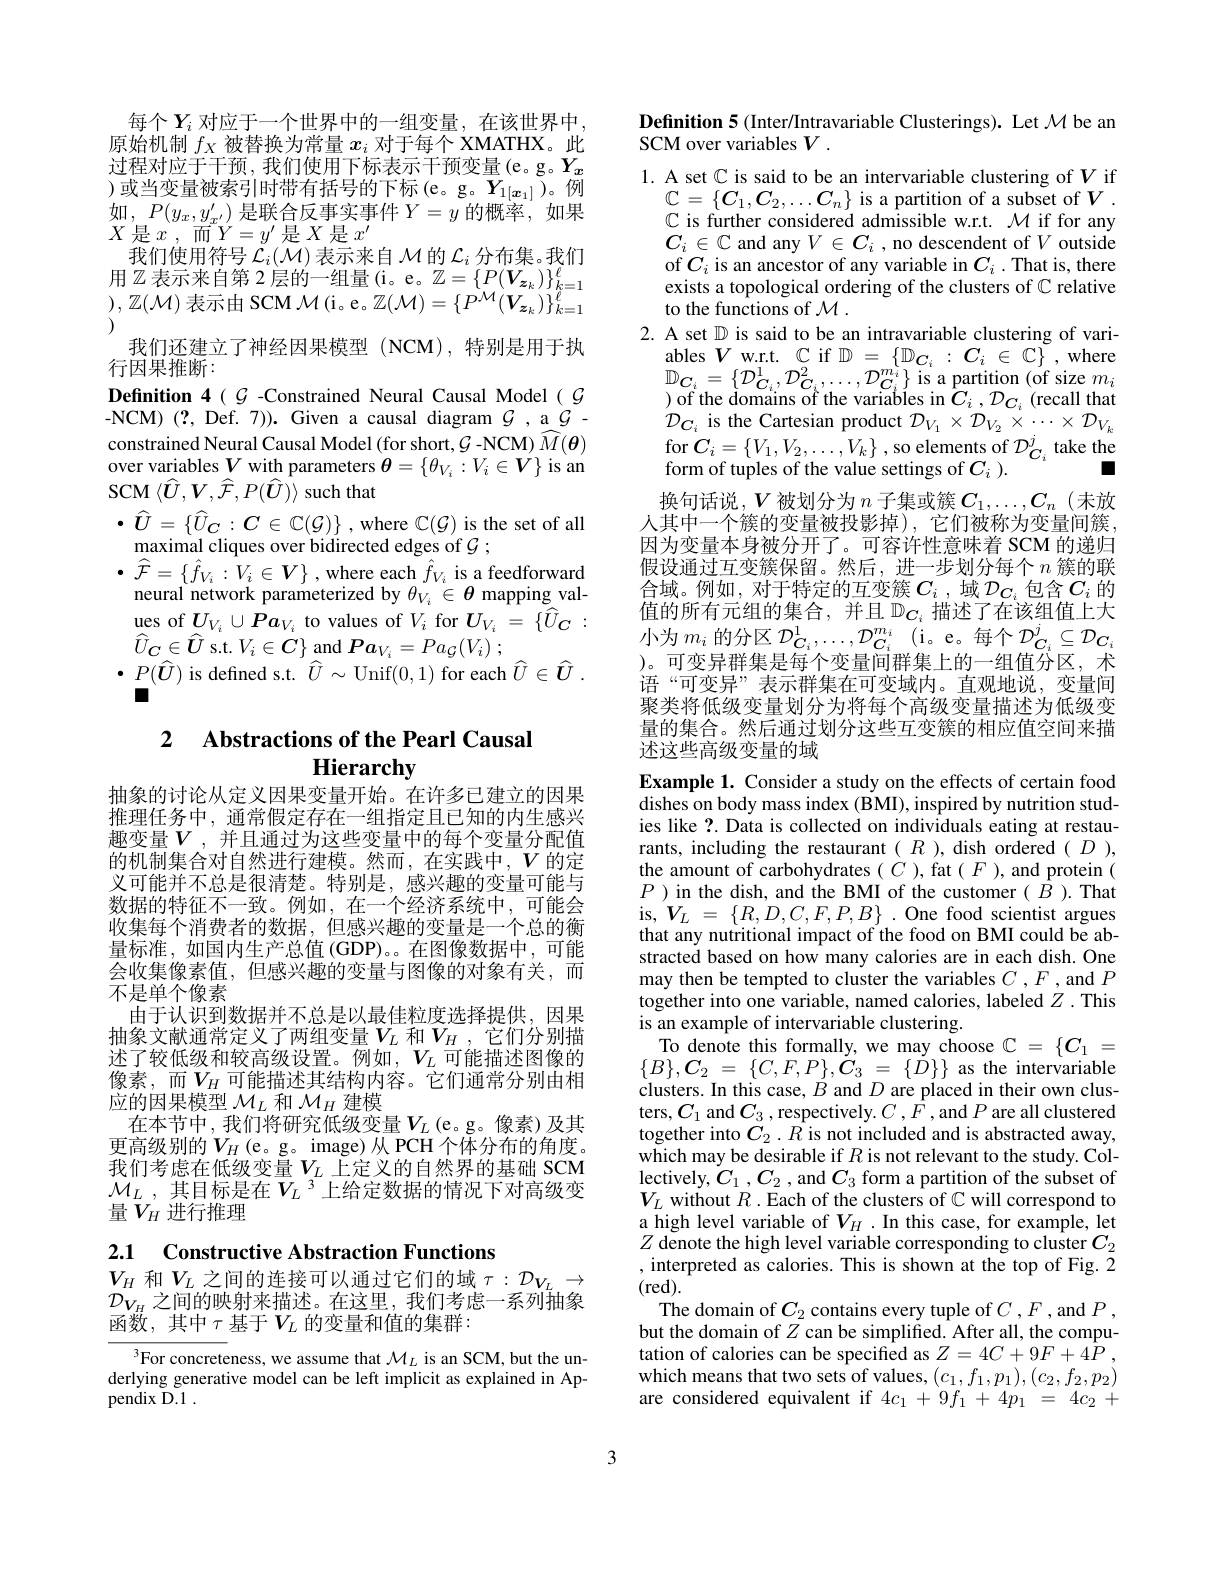
每个$Y_i$ 对应于一个世界中的一组变量，在该世界中原始机制$f_X$被替换为常量$x_i$对于每个 XMATHX。此过程对应于干预，我们使用下标表示干预变量(e。g。$Y_x$ )或当变量被索引时带有括号的下标(e。g。$Y_1[x_1])$。例如$,P(y_x,y_{x^{\prime}})$是联合反事实事件$Y=y$的概率，如果$X$ 是$x$ ,而$Y=y^\prime$ 是$X$ 是$x^\prime$
我 们 使 用 符 号 $\mathcal{L} _i( \mathcal{M} )$表 示 来 自 $\mathcal{M}$ 的 $\mathcal{L} _i$ 分 布 集 。我 们 用 $\mathbb{Z}$ 表 示 来 自 第 2 层 的 一 组 量 ( i。e。$\mathbb{Z} = \{ P( \boldsymbol{V}_{\boldsymbol{z}_k}) \} _{k= 1}^\ell$ $) , \mathbb{Z} ( \mathcal{M} )$ 表 示 由 SCM $\mathcal{M} ($i。e。$\mathbb{Z} ( \mathcal{M} ) = \{ P^{\mathcal{M} }( \boldsymbol{V}_{\boldsymbol{z}_k}) \} _{k= 1}^\ell$
我们还建立了神经因果模型(NCM),特别是用于执
行因果推断：
Definition $4(G$ -Constrained Neural Causal Model $(G$ -NCM)(?, Def. 7)). Given a causal diagram $\mathcal{G} , \underline {\mathrm{a} }\mathcal{G} -$ constrained Neural Causal Model (for short, $\mathcal{G}$ -NCM) $\widehat M(\boldsymbol{\theta})$ over variables $V$ with parameters $\theta=\{\theta_{V_i}:V_i\in\boldsymbol{V}\}$ is an $\operatorname{SCM}\left\langle\widehat{U},\boldsymbol{V},\boldsymbol{\hat{F}},P(\widehat{U})\right\rangle$such that
$\begin{array}{l}{\bullet}&{\hat{U}=\{\hat{U}_{C}:C\in\mathbb{C}(\mathcal{G})\}\:,\mathrm{~where~}\mathbb{C}(\mathcal{G})\:\mathrm{is~the~set~of~all}}\\{\underset{{n}}{\operatorname*{maximal~cliques~over~bidirected~edges~of~}}\mathcal{G}\:;}\end{array}$ $\bullet \widehat{\mathcal{F} } = \{ \hat{f} _{V_i}: V_i\in V\}$ ,where each $\hat{f}_{V_i}$ is a feedforward
neural network parameterized by $\theta_{V_i}\in\boldsymbol{\theta}$ mapping val- $\operatorname*{ues}_{\sim}U_{V_i}\cup Pa_{V_i}$ to values of $V_i$ for $U_V_i=\{\hat{U}_C:$ $\hat{U}_{C}\in\widehat{U}$ s.t.$V_i\in C\}$ and $Pa_{V_{i}}= Pa_{\mathcal{G} }( V_{i})$ ;
$\begin{array}{c}P(\widehat{\boldsymbol{U}})&\mathrm{is~defined~s.t.~}\widehat{U}\sim\mathrm{Unif}(0,1)&\mathrm{for~each~}\widehat{U}\in\widehat{U}\end{array}.$

## 2 $\textbf{Abstractions of the Pearl Causal}$ Hierarchy

抽象的讨论从定义因果变量开始。在许多已建立的因果推理任务中，通常假定存在一组指定且已知的内生感兴趣变量$V$,并且通过为这些变量中的每个变量分配值的机制集合对自然进行建模。然而，在实践中，$V$的定义可能并不总是很清楚。特别是，感兴趣的变量可能与数据的特征不一致。例如，在一个经济系统中，可能会收集每个消费者的数据，但感兴趣的变量是一个总的衡量标准，如国内生产总值(GDP)。。在图像数据中，可能会收集像素值，但感兴趣的变量与图像的对象有关，而不是单个像素
由于认识到数据并不总是以最佳粒度选择提供，因果$\begin{array}{l}\text{抽象文献通常定义了两组变量}V_L\text{ 和}V_H,\text{它们分别描}\\\text{述了较低级和较高级设置。例如},V_L\text{ 可能描述图像的}\end{array}$ 像素，而$V_H$可能描述其结构内容。它们通常分别由相应的因果模型$\mathcal{M}_L$和$\mathcal{M}_H$建模
在本节中，我们将研究低级变量$V_L$(e。g。像素)及其更高级别的$V_H($e。g。image)从PCH个体分布的角度。我们考虑在低级变量$V_L$ 上定义的自然界的基础 SCM $\mathcal{M} _L$ , 其目标是在$\overline{V}_L$ 3上给定数据的情况下对高级变量$V_H$ 进行推理

2.1 Constructive Abstraction Functions

$V_{H}$和$V_L$之间的连接可以通过它们的域$\tau:D_{V_{L}}\to$ $\mathcal{D}_{V_H}$之间的映射来描述。在这里，我们考虑一系列抽象函数，其中$\tau$基于$V_L$的变量和值的集群：

$^3$For concreteness, we assume that $\mathcal{M}_L$ is an SCM, but the underlying generative model can be left implicit as explained in Appendix D.1 .

Definition 5 (Inter/Intravariable Clusterings). Let $\mathcal{M}$ be an
SCM over variables $V.$
1. A set $\mathbb{C}$ is said to be an intervariable clustering of $V$ if
$\mathbb{C}=\{C_{1},C_{2},\ldots C_{n}\}$ is a partition of a subset of $V$ $\mathbb{C}$ is further considered admissible w.r.t. $\mathcal{M}$ if for any $C_i\in\mathbb{C}$ and any $V\in C_i$ , no descendent of $V$ outside of$C_i$ is an ancestor of any variable in $C_i.$ That is, there exists a topological ordering of the clusters of $\mathbb{C}$ relative to the functions of $\mathcal{M}.$
2. A set $\mathbb{D}$ is said to be an intravariable clustering of vari-
$\underset {{\mathrm{ables~}}}{\operatorname* { V\text{w. r. t. }} }\mathbb{C}$if $\mathbb{D}=\{\mathbb{D}_{{\boldsymbol{C}_{i}}}:C_{i}\in\mathbb{C}\}$,where $\mathbb{D}_{\boldsymbol{C}_i}=\left\{\mathcal{D}_{\boldsymbol{C}_i}^1,\mathcal{D}_{\boldsymbol{C}_i}^2,\ldots,\mathcal{D}_{\boldsymbol{C}_i}^{m_i}\right\}$is a partition (of size $m_i$ ) of the domains of the variables in $\hat{C}_i,\mathcal{D}_{C_i}$(recall that ${\mathcal D}_{{\mathcal C}_{i}}$ is the Cartesian product ${\mathcal D}_{V_{1}}\times{\mathcal D}_{{V_{2}}}\times\cdots\times{\mathcal D}_{{V_{k}}}$ for $C_i=\{V_1,V_2,\ldots,V_k\}$ ,so elements of $\mathcal{D}_C_i^j$ take the
口
form of tuples of the value settings of $C_i$ ).
换句话说，$V$被划分为 $n$ 子集或簇$C_1,\ldots,C_n$(未放人其中一个簇的变量被投影掉),它们被称为变量间簇， 因为变量本身被分开了。可容许性意味着 SCM 的递归假设通过互变簇保留。然后，进一步划分每个$n$簇的联合域。例如，对于特定的互变簇$C_i$ ,域$\mathcal{D}_{C_i}$包含$C_i$的值的所有元组的集合，并且$\mathbb{D}_{C_i}$ 描述了在该组值上大小为$m_i$的分区 $\mathcal{D}_C_i^1,\ldots,\mathcal{D}_{C_i}^{m_i}$ (i。e。每个$\mathcal{D}_C_i\subseteq\mathcal{D}_{C_i}$ )。可变异群集是每个变量间群集上的一组值分区，术语“可变异”表示群集在可变域内。直观地说，变量间聚类将低级变量划分为将每个高级变量描述为低级变量的集合。然后通过划分这些互变簇的相应值空间来描述这些高级变量的域
Example 1. Consider a study on the effects of certain food dishes on body mass index (BMI), inspired by nutrition studies like ?. Data is collected on individuals eating at restaurants, including the restaurant $(R$ ), dish ordered $(D)$, the amount of carbohydrates $(C$ ), fat $(F$ ), and protein ( $P$ )in the dish, and the BMI of the customer $(\hat{B}).$That is,$V_{L}=\{R,D,C,F,P,B\}.$One food scientist argues that any nutritional impact of the food on BMI could be abstracted based on how many calories are in each dish. One may then be tempted to cluster the variables $C$ ,F ,and $P$ together into one variable, named calories, labeled $Z$ .This is an example of intervariable clustering.
To denote this formally, we may choose $\mathbb{C}=\{C_1=$ $\begin{array}{l}\{B\},\boldsymbol{C}_{2}\:=\:\{C,F,P\},\dot{C}_{3}\:=\:\{\dot{D}\}\}\:\text{as the intervariable}\\\text{clusters. In this case, }B\:\mathrm{and~}D\:\text{are placed in their own clus-}\\\end{array}$ ters,$C_1$ and$C_3$,respectively.$C,F$,and$P$ are all clustered together into $C_2.R$ is not included and is abstracted away, which may be desirable if $R$ is not relevant to the study. Collectively, $C_1,C_2$ , and $C_3$ form a partition of the subset of $V_L$ without $R$ .Each of the clusters of $\mathbb{C}$ will correspond to $\begin{array}{l}\text{a high level variable of }V_H\:.\text{In this case, for example, let}\\Z\:\text{denote the high level variable corresponding to cluster }C_2\end{array}$ , interpreted as calories. This is shown at the top of Fig. 2 (red).
The domain of $C_2$ contains every tuple of $C,F$,and $P$, but the domain of $Z$ can be simplified. After all, the computation of calories can be specified as $Z= 4C+ 9F+ 4P$ , which means that two sets of values, $(c_1,f_1,p_1),(c_2,f_2,p_2)$ are considered equivalent if $4c_1+9f_1+4p_1=4c_2+$

3